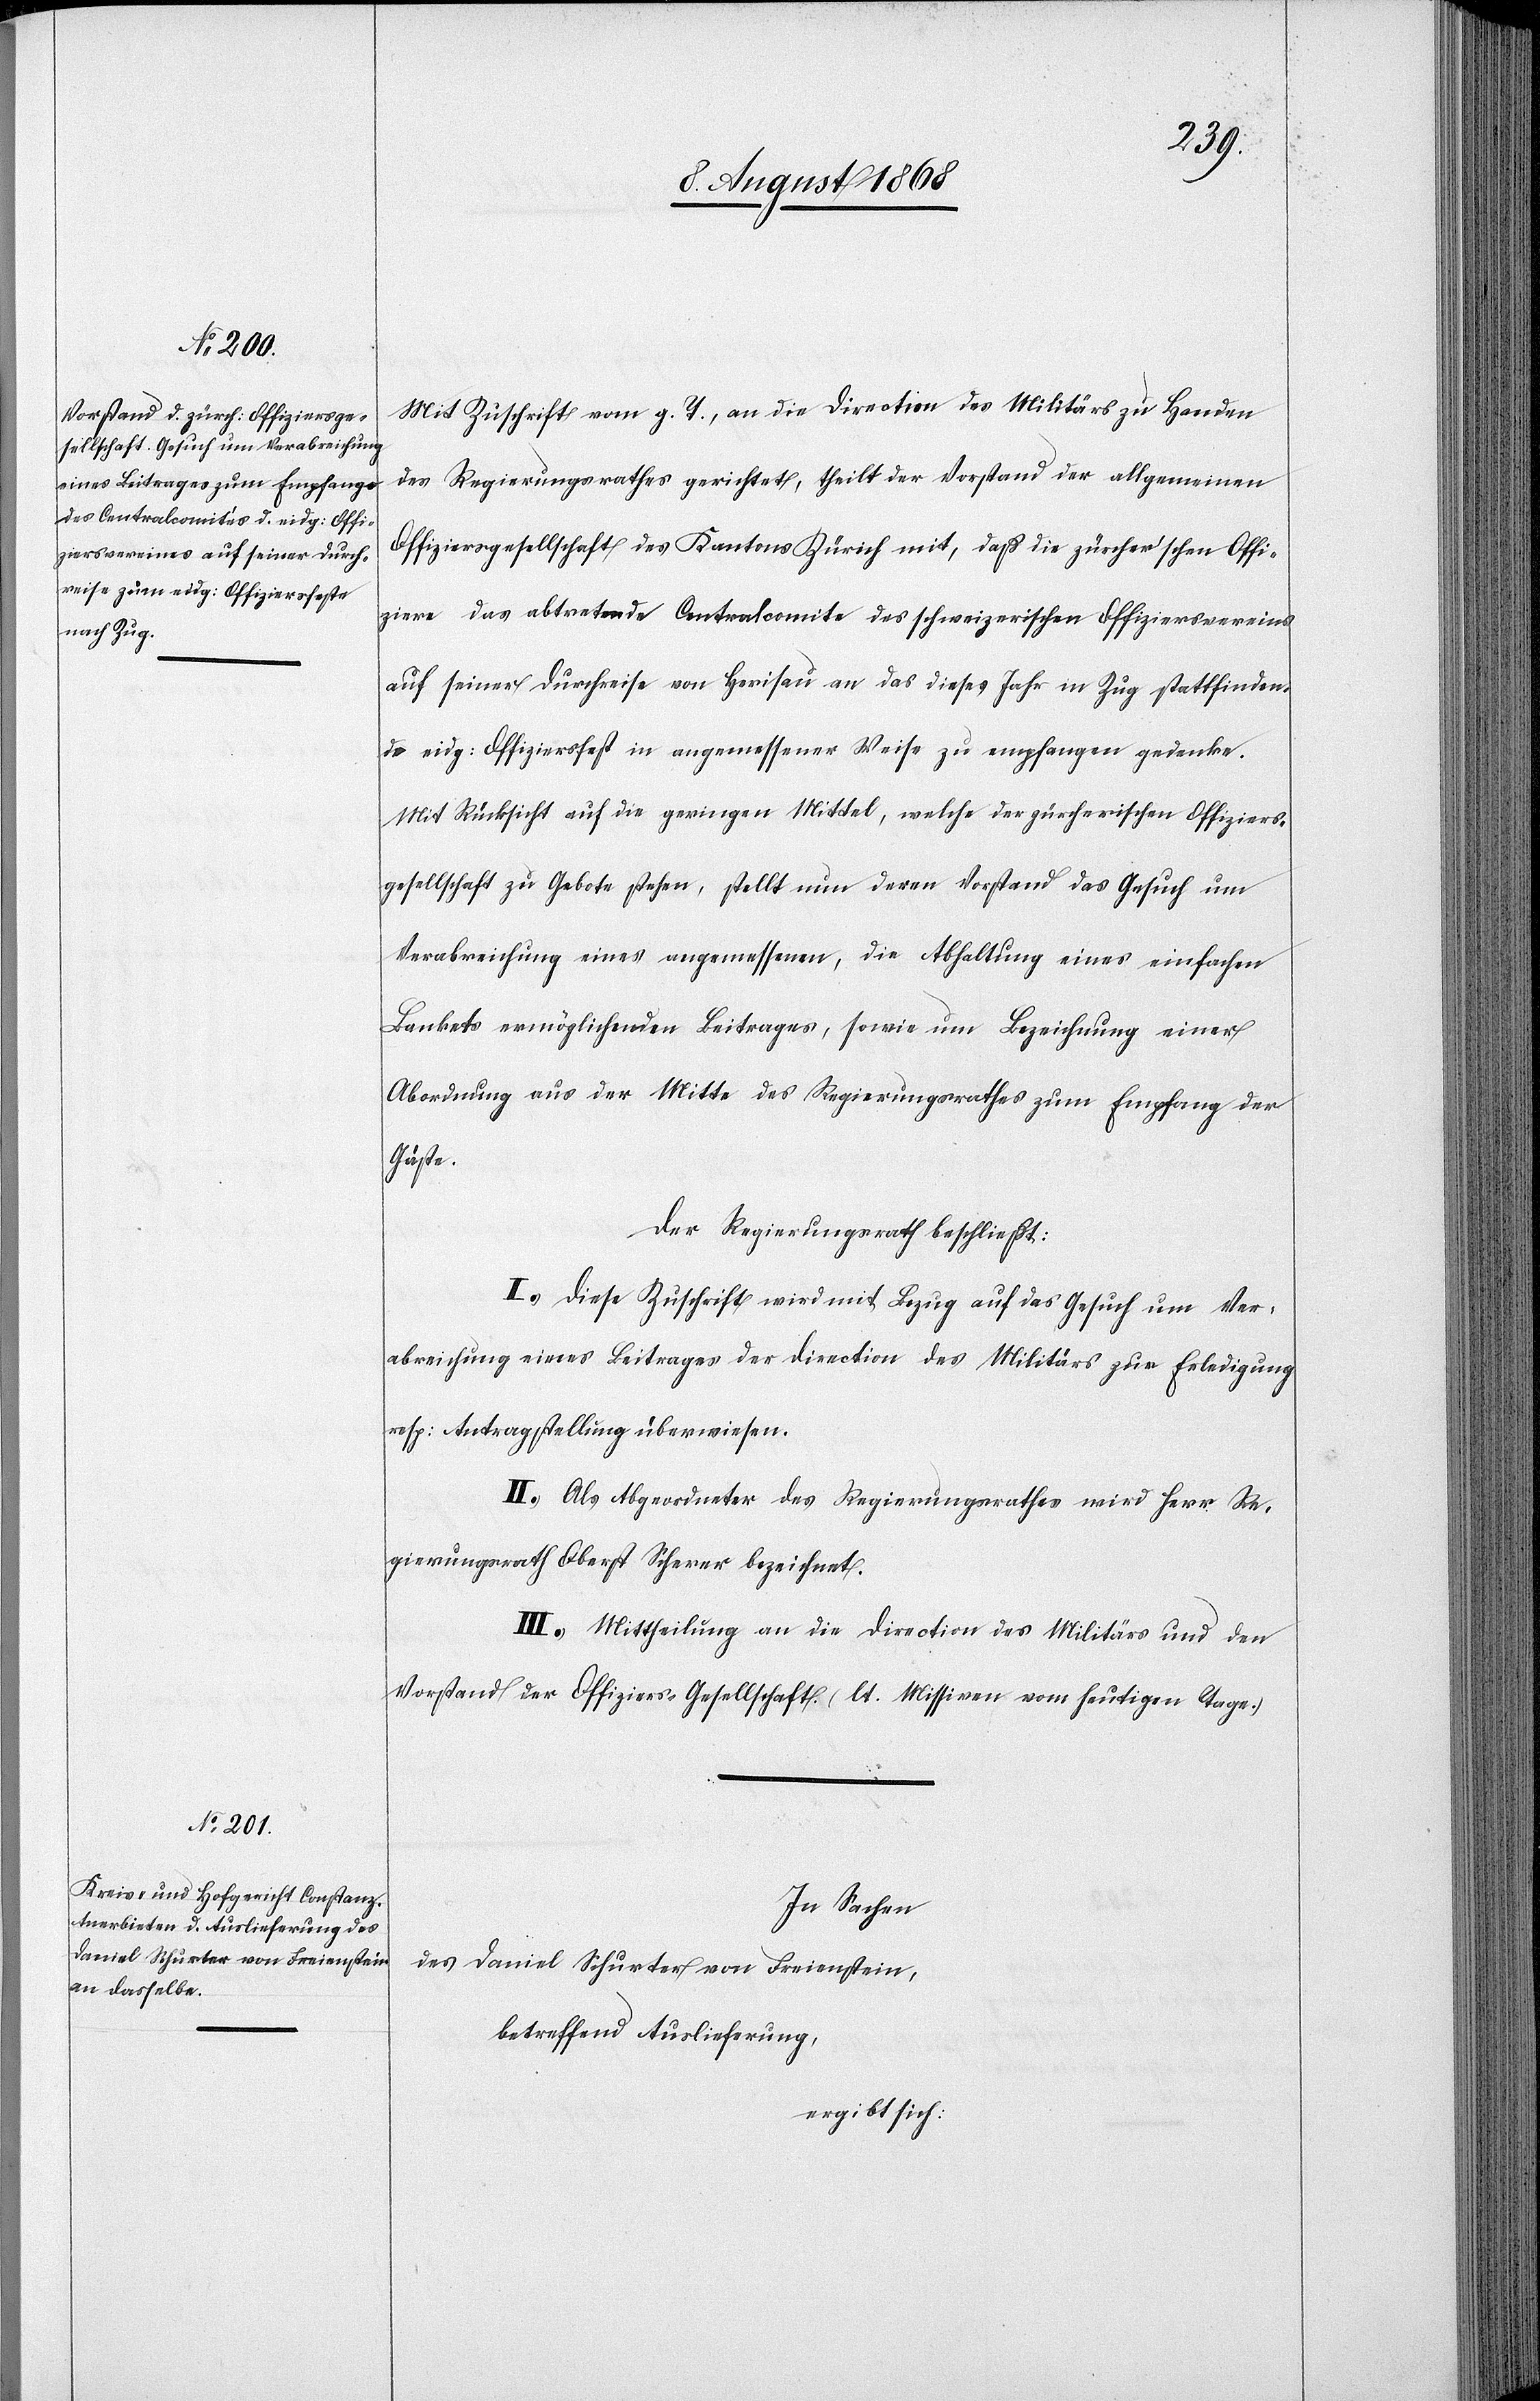
Mit Zuschrift vom g. T., an die Direction des Militärs zu Handen
des Regierungsrathes gerichtet, theilt der Vorstand der allgemeinen
Offiziersgesellschaft des Kantons Zürich mit, daß die zürcher’schen Offi¬
ziere das abtretende Centralcomite des schweizerischen Offiziersvereins
auf seiner Durchreise von Herisau an das dieses Jahr in Zug stattfinden¬
de eidg: Offiziersfest in angemessener Weise zu empfangen gedenke.
Mit Rücksicht auf die geringen Mittel, welche der zürcherischen Offiziers¬
gesellschaft zu Gebote stehen, stellt nun deren Vorstand das Gesuch um
Verabreichung eines angemessenen, die Abhaltung eines einfachen
Bankets ermöglichenden Beitrages, sowie um Bezeichnung einer
Abordnung aus der Mitte des Regierungsrathes zum Empfang der
Gäste.
Der Regierungsrath beschließt:
I.) Diese Zuschrift wird mit Bezug auf das Gesuch um Ver¬
abreichung eines Beitrages der Direction des Militärs zur Erledigung
resp: Antragstellung überwiesen.
II.) Als Abgeordneter des Regierungsrathes wird Herr Re¬
gierungsrath Oberst Scherer bezeichnet.
III.) Mittheilung an die Direction des Militärs und den
Vorstand der Offiziers-Gesellschaft. (lt. Missiven vom heutigen Tage.)
In Sachen
des Daniel Schurter von Freienstein,
betreffend Auslieferung,
ergibt sich: